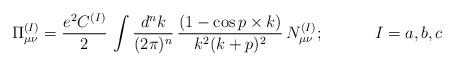
LaTeX: \begin{align*}\Pi_{\mu\nu}^{(I)} = {e^{2}C^{(I)}\over 2}\, \int {d^{n}k\over(2\pi)^{n}}\,{(1-\cos p\times k)\over k^{2} (k+p)^{2}}\,N_{\mu\nu}^{(I)};\;\;\;\;\;\;\;\;\;\;\; I =a,b,c\end{align*}